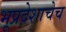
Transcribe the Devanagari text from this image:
भूप्रदेशाचेच